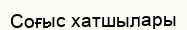
Соғыс хатшылары